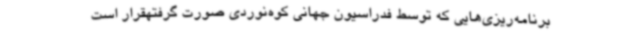
برنامه‌ریزی‌هایی که توسط فدراسیون جهانی کوه‌نوردی صورت گرفتهقرار است